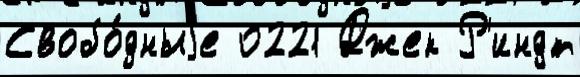
Свобо́дныjе 0221 Джек Р'индт